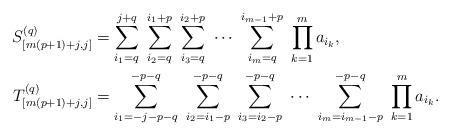
LaTeX: \begin{align*}S_{[m(p+1)+j,j]}^{(q)} & =\sum_{i_{1}=q}^{j+q}\,\,\sum_{i_{2}=q}^{i_{1}+p}\,\,\sum_{i_{3}=q}^{i_{2}+p}\,\,\cdots\,\,\sum_{i_{m}=q}^{i_{m-1}+p}\,\,\prod_{k=1}^{m}a_{i_{k}},\\T_{[m(p+1)+j,j]}^{(q)} & =\sum_{i_{1}=-j-p-q}^{-p-q}\,\,\sum_{i_{2}=i_{1}-p}^{-p-q}\,\,\sum_{i_{3}=i_{2}-p}^{-p-q}\,\,\cdots\,\,\sum_{i_{m}=i_{m-1}-p}^{-p-q}\,\,\prod_{k=1}^{m}a_{i_{k}}.\end{align*}